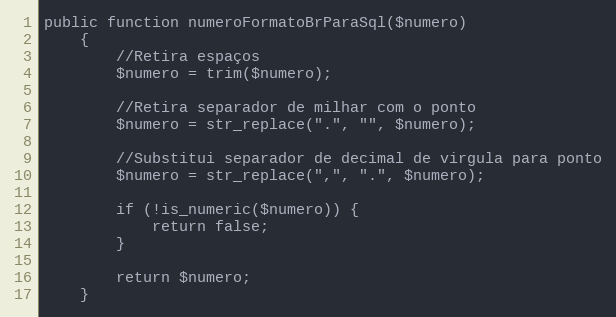
Language: PHP
public function numeroFormatoBrParaSql($numero)
    {
        //Retira espaços
        $numero = trim($numero);

        //Retira separador de milhar com o ponto
        $numero = str_replace(".", "", $numero);

        //Substitui separador de decimal de virgula para ponto
        $numero = str_replace(",", ".", $numero);

        if (!is_numeric($numero)) {
            return false;
        }

        return $numero;
    }